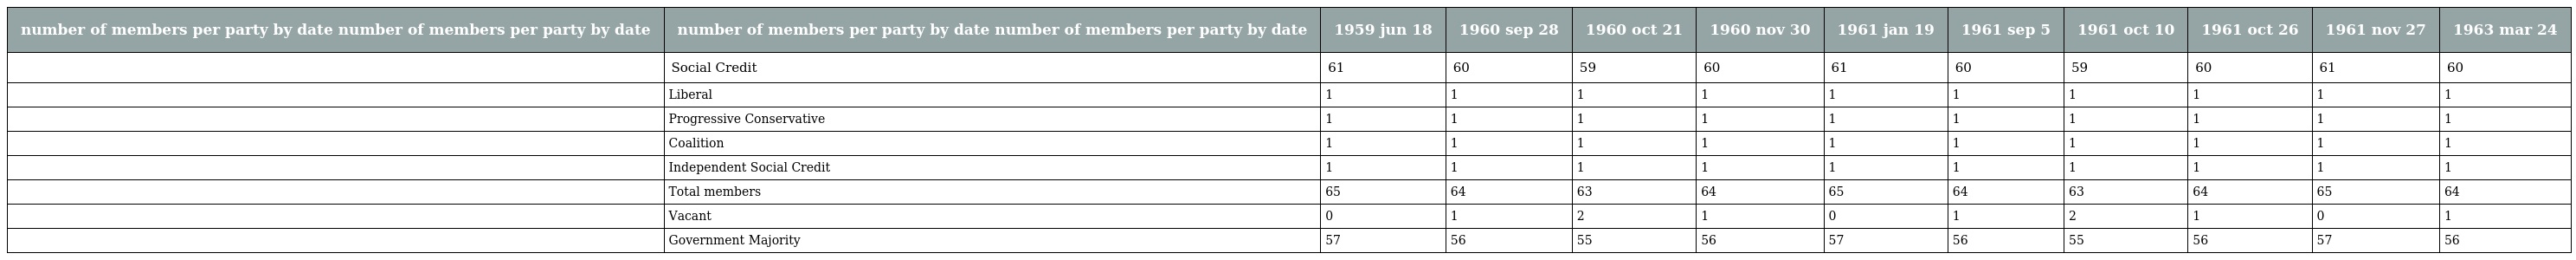
| number of members per party by date number of members per party by date | number of members per party by date number of members per party by date | 1959 jun 18 | 1960 sep 28 | 1960 oct 21 | 1960 nov 30 | 1961 jan 19 | 1961 sep 5 | 1961 oct 10 | 1961 oct 26 | 1961 nov 27 | 1963 mar 24 |
 | --- | --- | --- | --- | --- | --- | --- | --- | --- | --- | --- | --- |
 |  | Social Credit | 61 | 60 | 59 | 60 | 61 | 60 | 59 | 60 | 61 | 60 |
 |  | Liberal | 1 | 1 | 1 | 1 | 1 | 1 | 1 | 1 | 1 | 1 |
 |  | Progressive Conservative | 1 | 1 | 1 | 1 | 1 | 1 | 1 | 1 | 1 | 1 |
 |  | Coalition | 1 | 1 | 1 | 1 | 1 | 1 | 1 | 1 | 1 | 1 |
 |  | Independent Social Credit | 1 | 1 | 1 | 1 | 1 | 1 | 1 | 1 | 1 | 1 |
 |  | Total members | 65 | 64 | 63 | 64 | 65 | 64 | 63 | 64 | 65 | 64 |
 |  | Vacant | 0 | 1 | 2 | 1 | 0 | 1 | 2 | 1 | 0 | 1 |
 |  | Government Majority | 57 | 56 | 55 | 56 | 57 | 56 | 55 | 56 | 57 | 56 |